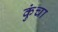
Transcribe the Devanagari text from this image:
कुंचा